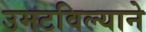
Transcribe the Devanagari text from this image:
उमटविल्याने